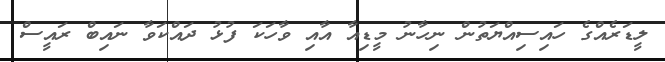
ލީޑަރެއްގެ ހައިސިއްޔަތުން ނިހާނު މީޑިއާ އާއި ވާހަކަ ފުޅު ދައްކަވާ ނައިބް ރައީސް